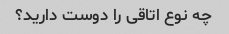
چه نوع اتاقی را دوست دارید؟